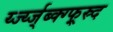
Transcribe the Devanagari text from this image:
र्य्ज्य्ज्ब्क्ग्फ्र्स्र्द